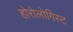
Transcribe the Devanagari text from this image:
होरोलोगिस्ट